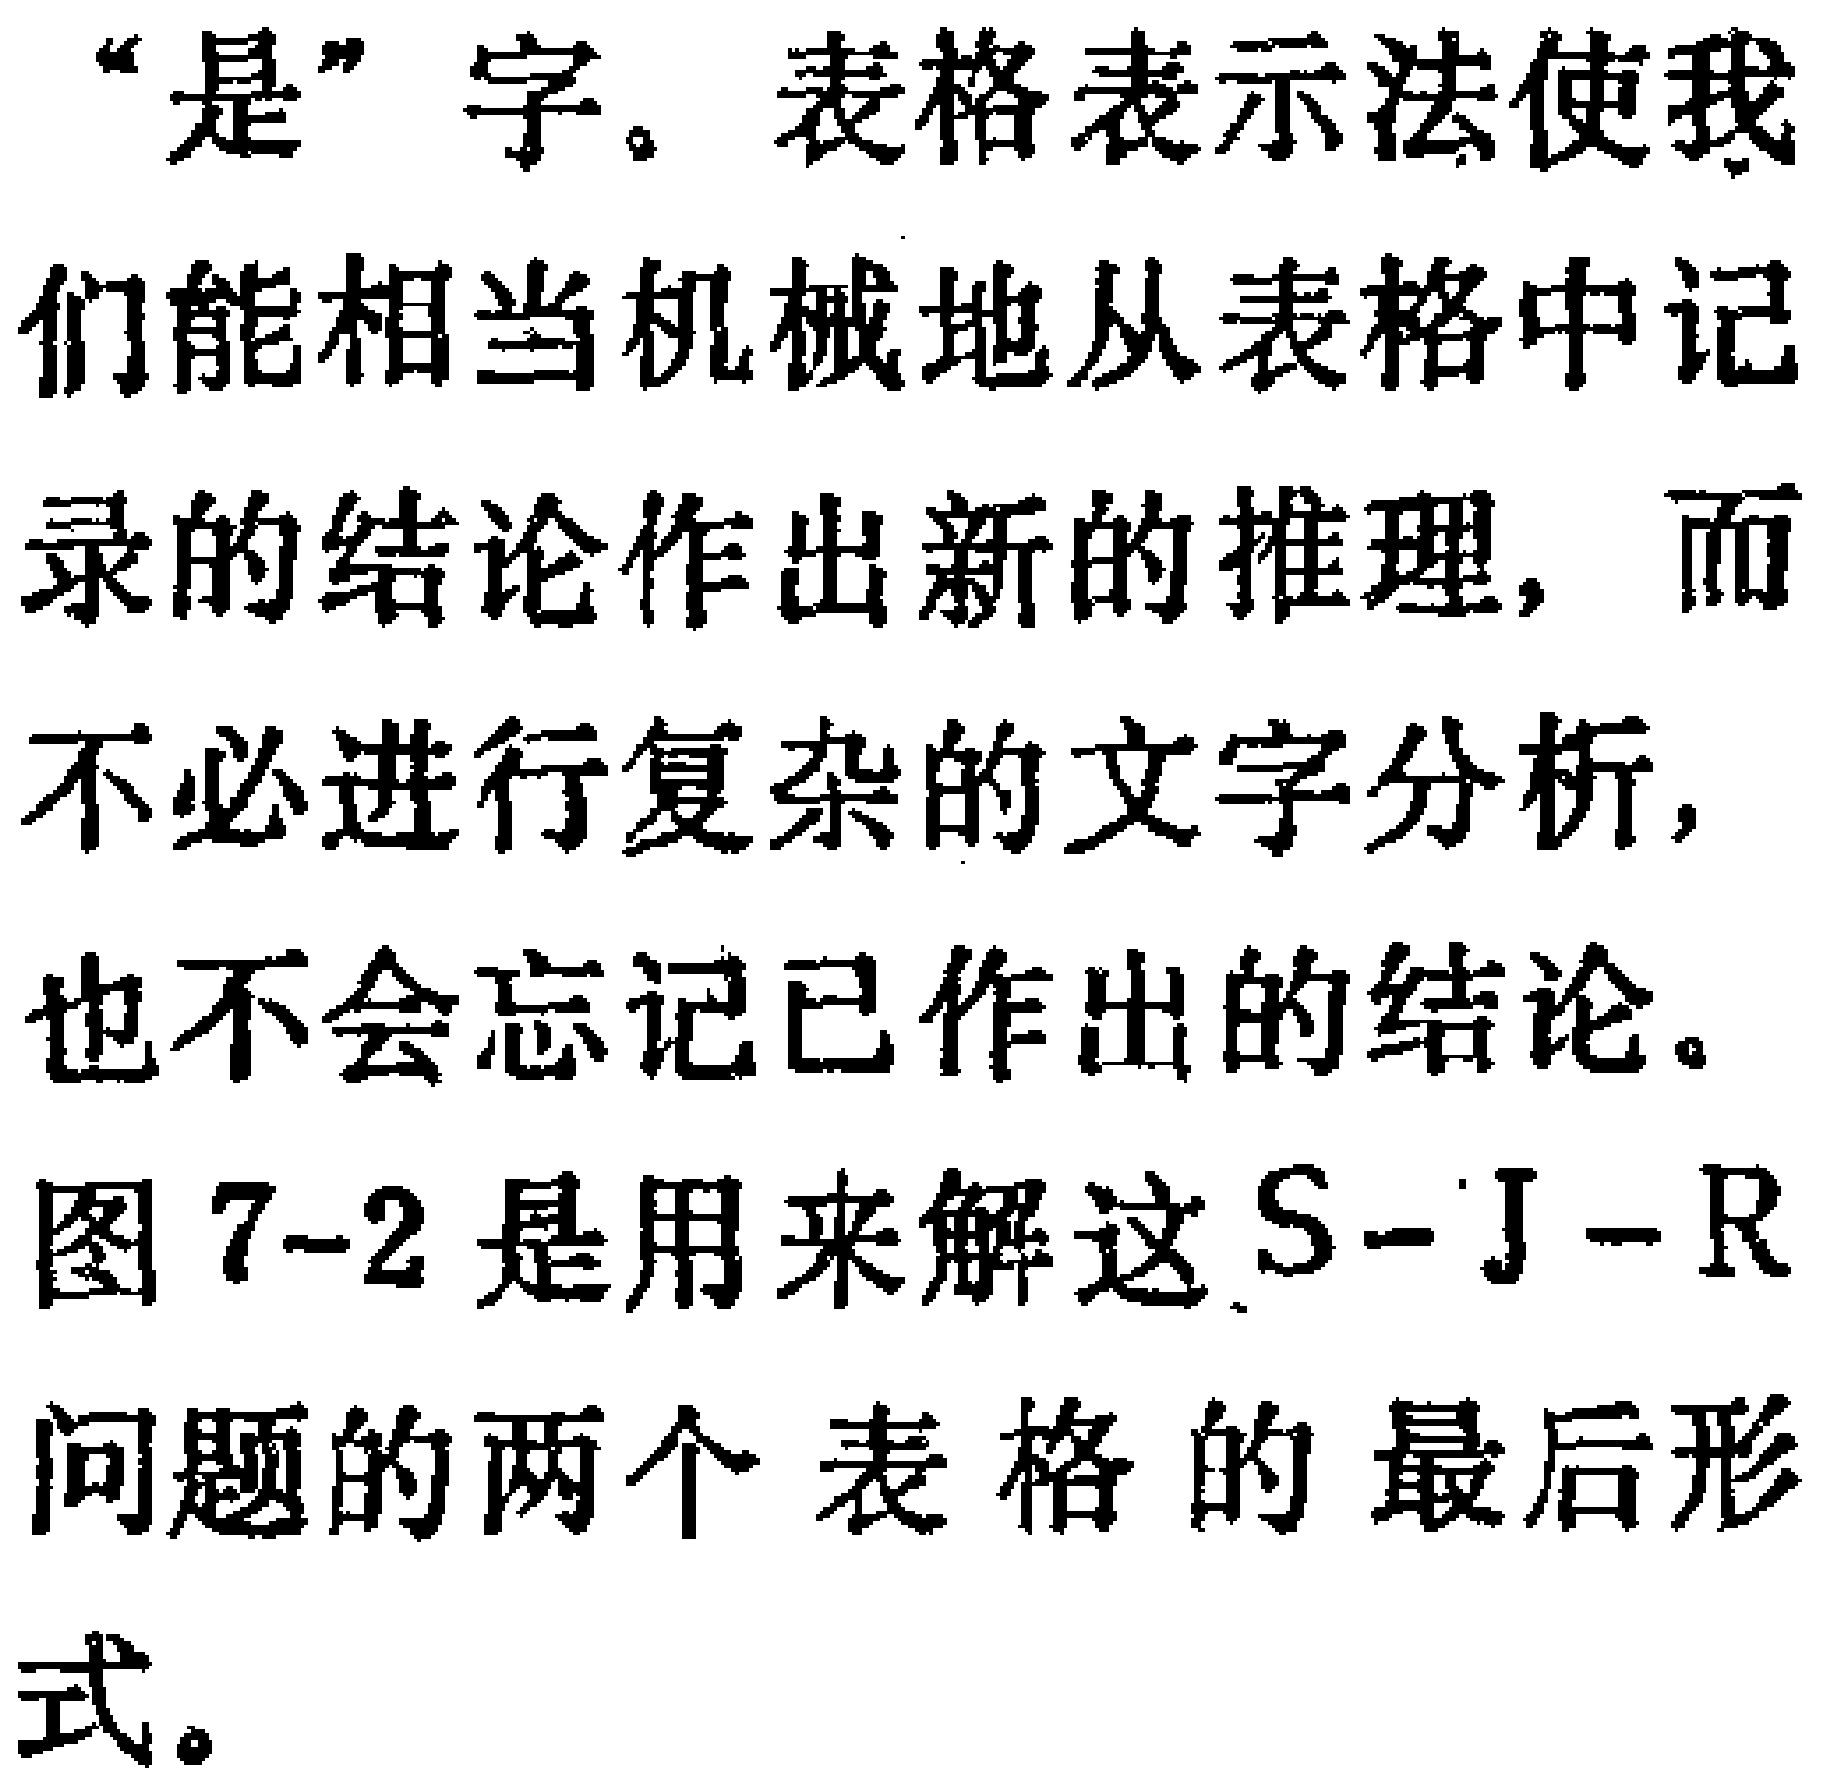
“是”字。表格表示法使我们能相当机械地从表格中记录的结论作出新的推理，而不必进行复杂的文字分析，也不会忘记已作出的结论。
图7-2是用来解这S-J-R问题的两个表格的最后形式。